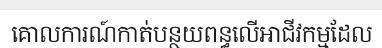
គោលការណ៍កាត់បន្ថយពន្ធលើអាជីវកម្មដែល